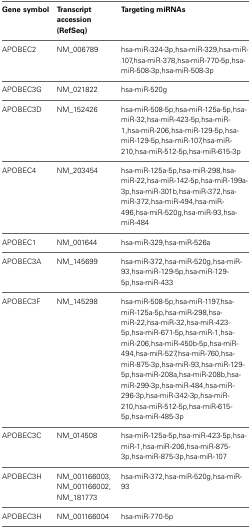
<table><thead><tr><td><b>Gene symbol</b></td><td><b>Transcript accession (RefSeq)</b></td><td><b>Targeting miRNAs</b></td></tr></thead><tbody><tr><td>APOBEC2</td><td>NM_006789</td><td>hsa-miR-324-3p,hsa-miR-329,hsa-miR-107,hsa-miR-378,hsa-miR-770-5p,hsa-miR-508-3p,hsa-miR-508-3p</td></tr><tr><td>APOBEC3G</td><td>NM_021822</td><td>hsa-miR-520g</td></tr><tr><td>APOBEC3D</td><td>NM_152426</td><td>hsa-miR-508-5p,hsa-miR-125a-5p,hsa-miR-32,hsa-miR-423-5p,hsa-miR-1,hsa-miR-206,hsa-miR-129-5p,hsa-miR-129-5p,hsa-miR-107,hsa-miR-210,hsa-miR-512-5p,hsa-miR-615-3p</td></tr><tr><td>APOBEC4</td><td>NM_203454</td><td>hsa-miR-125a-5p,hsa-miR-298,hsa-miR-22,hsa-miR-142-5p,hsa-miR-199a-3p,hsa-miR-301b,hsa-miR-372,hsa-miR-372,hsa-miR-494,hsa-miR-496,hsa-miR-520g,hsa-miR-93,hsa-miR-484</td></tr><tr><td>APOBEC1</td><td>NM_001644</td><td>hsa-miR-329,hsa-miR-526a</td></tr><tr><td>APOBEC3A</td><td>NM_145699</td><td>hsa-miR-372,hsa-miR-520g,hsa-miR-93,hsa-miR-129-5p,hsa-miR-129-5p,hsa-miR-433</td></tr><tr><td>APOBEC3F</td><td>NM_145298</td><td>hsa-miR-508-5p,hsa-miR-1197,hsa-miR-125a-5p,hsa-miR-298,hsa-miR-22,hsa-miR-32,hsa-miR-423-5p,hsa-miR-671-5p,hsa-miR-1,hsa-miR-206,hsa-miR-450b-5p,hsa-miR-494,hsa-miR-527,hsa-miR-760,hsa-miR-875-3p,hsa-miR-93,hsa-miR-129-5p,hsa-miR-208a,hsa-miR-208b,hsa-miR-299-3p,hsa-miR-484,hsa-miR-296-3p,hsa-miR-342-3p,hsa-miR-210,hsa-miR-512-5p,hsa-miR-615-5p,hsa-miR-485-3p</td></tr><tr><td>APOBEC3C</td><td>NM_014508</td><td>hsa-miR-125a-5p,hsa-miR-423-5p,hsa-miR-1,hsa-miR-206,hsa-miR-875-3p,hsa-miR-875-3p,hsa-miR-107</td></tr><tr><td>APOBEC3H</td><td>NM_001166003, NM_001166002, NM_181773</td><td>hsa-miR-372,hsa-miR-520g,hsa-miR-93</td></tr><tr><td>APOBEC3H</td><td>NM_001166004</td><td>hsa-miR-770-5p</td></tr></tbody></table>